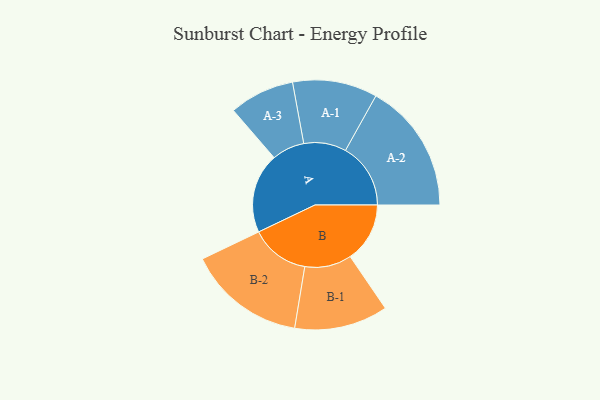
{"axis": {"x": "Segment", "y": "Value"}, "legend": ["", "A", "B"], "data": [{"x": "A", "y": 361, "type": ""}, {"x": "B", "y": 269, "type": ""}, {"x": "A-1", "y": 191, "type": "A"}, {"x": "A-2", "y": 294, "type": "A"}, {"x": "A-3", "y": 147, "type": "A"}, {"x": "B-1", "y": 211, "type": "B"}, {"x": "B-2", "y": 266, "type": "B"}]}